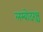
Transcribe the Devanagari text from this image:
लम्बोदरश्च